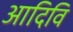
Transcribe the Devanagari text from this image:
आदिवि